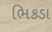
ભિકડા